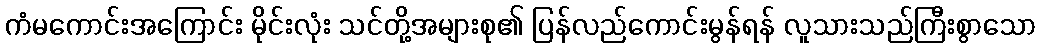
ကံမကောင်းအကြောင်း မိုင်းလုံး သင်တို့အများစု၏ ပြန်လည်ကောင်းမွန်ရန် လူသားသည်ကြီးစွာသော